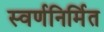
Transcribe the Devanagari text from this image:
स्वर्णनिर्मित